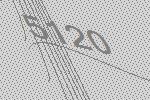
5120